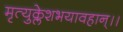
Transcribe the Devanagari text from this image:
मृत्युक्लेशभयावहान्।।